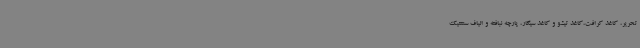
تحریر، کاغذ کرافت،کاغذ تیشو و کاغذ سیگار، پارچه نبافته و الیاف سنتتیک